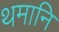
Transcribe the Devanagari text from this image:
थमानि